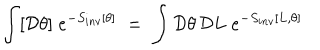
\int [ { \mathcal D } \theta ] \; e ^ { - S _ { i n v } [ \theta ] } \; = \; \int { \mathcal D } \theta \, { \mathcal D } L \; e ^ { - S _ { i n v } [ L , \theta ] }